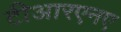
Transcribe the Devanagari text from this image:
टीआरएनए